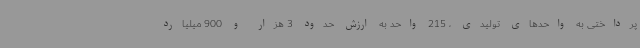
پرداختی به واحدهای تولیدی ، 215 واحد به ارزش حدود 3 هزار و 900 میلیارد